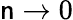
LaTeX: \mathsf{n}\rightarrow0